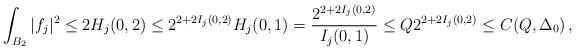
LaTeX: \begin{align*}\int_{B_2}|f_j|^2\leq2 H_j(0,2)\leq 2^{2+2I_j(0,2)} H_{j}(0,1) = \frac{2^{2+2I_j(0,2)}}{I_j(0,1)}\leq Q2^{2+2I_j(0,2)}\leq C(Q,\Delta_0)\,,\end{align*}